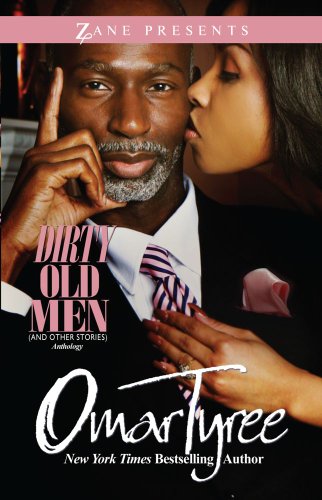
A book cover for Dirty Old Men (And Other Stories) (Zane Presents); Omar Tyree; Romance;